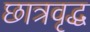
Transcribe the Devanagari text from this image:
छात्रवृद्ध